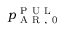
p _ { \mathrm { ~ A ~ R ~ , ~ 0 ~ } } ^ { \mathrm { ~ P ~ U ~ L ~ } }